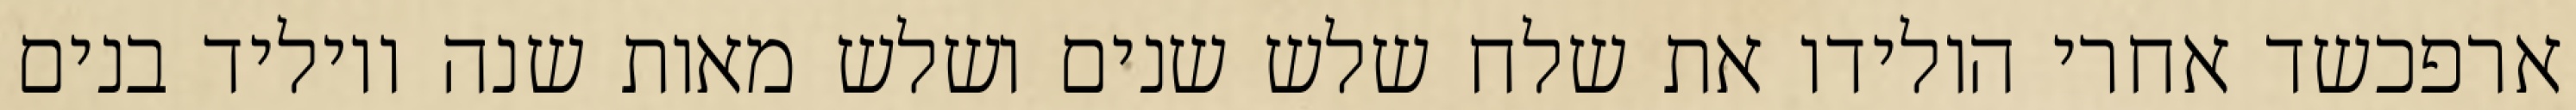
ארפכשד אחרי הולידו את שלח שלש שנים ושלש מאות שנה ויוליד בנים